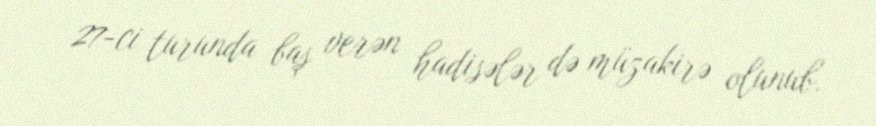
27-ci turunda baş verən hadisələr də müzakirə olunub.